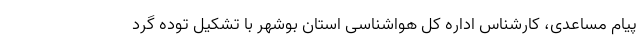
پیام مساعدی، کارشناس اداره کل هواشناسی استان بوشهر با تشکیل توده گرد